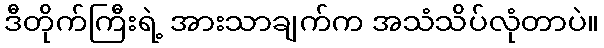
ဒီတိုက်ကြီးရဲ့ အားသာချက်က အသံသိပ်လုံတာပဲ။